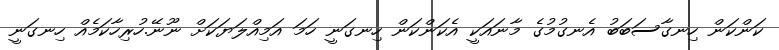
ކަންކަން ހިނގާސަބަބު އެނގުމުގެ މާނައަކީ އެކަންކަން ހިނގަނީ ހަމަ އަމިއްލަޔަކަށް ނޫނޭ.ހުރިހާކަމެއް ހިނގަނީ